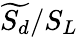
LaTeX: \widetilde{S_{d}}/S_{L}